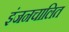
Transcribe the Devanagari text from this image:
इंजनचालित